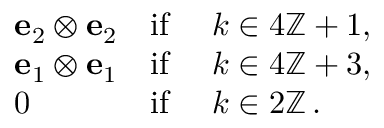
\begin{array} { r l r l } & { { \mathbf { e } } _ { 2 } \otimes { \mathbf { e } } _ { 2 } } & { \mathrm { i f } } & { \ k \in 4 \ensuremath { \mathbb { Z } } + 1 , } \\ & { { \mathbf { e } } _ { 1 } \otimes { \mathbf { e } } _ { 1 } } & { \mathrm { i f } } & { \ k \in 4 \ensuremath { \mathbb { Z } } + 3 , } \\ & { 0 } & { \mathrm { i f } } & { \ k \in 2 \ensuremath { \mathbb { Z } } \, . } \end{array}